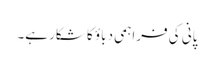
پانی کی فراہمی دباؤ کا شکار ہے۔